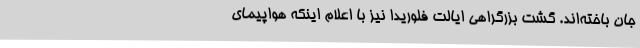
جان باخته‌اند. گشت بزرگراهی ایالت فلوریدا نیز با اعلام اینکه هواپیمای